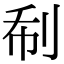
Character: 𠛻